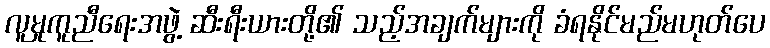
လူမှုကူညီရေးအဖွဲ့ ဆီးရီးယားတို့၏ သည့်အချက်များကို ခံရနိုင်မည်မဟုတ်ပေ